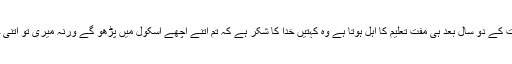
پالیسی کے مطابق ٹیچر کا ایک بچہ اس کی مدت ملازمت کے دو سال بعد ہی مفت تعلیم کا اہل ہوتا ہے وہ کہتیں خدا کا شکر ہے کہ تم اتنے اچھے اسکول میں پڑھو گے ورنہ میری تو اتنی حیثیت نہیں کہ تمہاری اتنی مہنگی تعلیم افورڈ کر سکوں۔